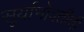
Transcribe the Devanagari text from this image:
सूर्याभोवतीची